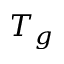
T _ { g }